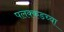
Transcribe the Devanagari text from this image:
पलक्कडच्या